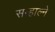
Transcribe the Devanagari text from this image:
सम्हाल्ने